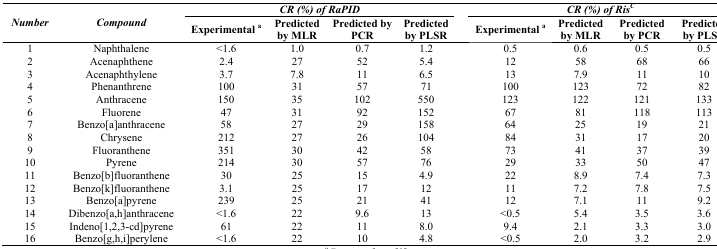
| <ROWSPAN=3> Number | <ROWSPAN=3> Compound | <COLSPAN=4> CR (%) of RaPID | <COLSPAN=4> CR (%) of RisC |
 | Experimentala | Predicted by MLR | Predicted by PCR | Predicted by PLSR | Experimentala | Predicted by MLR | Predicted by PCR | Predicted by PLSR |
 | --- | --- | --- | --- | --- | --- | --- | --- | --- | --- |
 | 1 | Naphthalene | <1.6 | 1.0 | 0.7 | 1.2 | 0.5 | 0.6 | 0.5 | 0.5 |
 | 2 | Acenaphthene | 2.4 | 27 | 52 | 5.4 | 12 | 58 | 68 | 66 |
 | 3 | Acenaphthylene | 3.7 | 7.8 | 11 | 6.5 | 13 | 7.9 | 11 | 10 |
 | 4 | Phenanthrene | 100 | 31 | 57 | 71 | 100 | 123 | 72 | 82 |
 | 5 | Anthracene | 150 | 35 | 102 | 550 | 123 | 122 | 121 | 133 |
 | 6 | Fluorene | 47 | 31 | 92 | 152 | 67 | 81 | 118 | 113 |
 | 7 | Benzo[a]anthracene | 58 | 27 | 29 | 158 | 64 | 25 | 19 | 21 |
 | 8 | Chrysene | 212 | 27 | 26 | 104 | 84 | 31 | 17 | 20 |
 | 9 | Fluoranthene | 351 | 30 | 42 | 58 | 73 | 41 | 37 | 39 |
 | 10 | Pyrene | 214 | 30 | 57 | 76 | 29 | 33 | 50 | 47 |
 | 11 | Benzo[b]fluoranthene | 30 | 25 | 15 | 4.9 | 22 | 8.9 | 7.4 | 7.3 |
 | 12 | Benzo[k]fluoranthene | 3.1 | 25 | 17 | 12 | 11 | 7.2 | 7.8 | 7.5 |
 | 13 | Benzo[a]pyrene | 239 | 25 | 21 | 41 | 12 | 7.1 | 11 | 9.2 |
 | 14 | Dibenzo[a,h]anthracene | <1.6 | 22 | 9.6 | 13 | <0.5 | 5.4 | 3.5 | 3.6 |
 | 15 | Indeno[1,2,3-cd]pyrene | 61 | 22 | 11 | 8.0 | 9.4 | 2.1 | 3.3 | 3.0 |
 | 16 | Benzo[g,h,i]perylene | <1.6 | 22 | 10 | 4.8 | <0.5 | 2.0 | 3.2 | 2.9 |